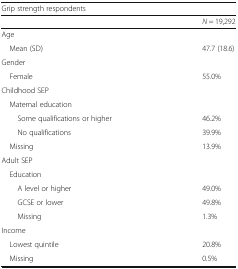
| <COLSPAN=2> Grip strength respondents |
 |  | N = 19,292 |
 | --- | --- |
 | <COLSPAN=2> Age |
 | Mean (SD) | 47.7 (18.6) |
 | <COLSPAN=2> Gender |
 | Female | 55.0% |
 | <COLSPAN=2> Childhood SEP |
 | <COLSPAN=2> Maternal education |
 | Some qualifications or higher | 46.2% |
 | No qualifications | 39.9% |
 | Missing | 13.9% |
 | <COLSPAN=2> Adult SEP |
 | <COLSPAN=2> Education |
 | A level or higher | 49.0% |
 | GCSE or lower | 49.8% |
 | Missing | 1.3% |
 | <COLSPAN=2> Income |
 | Lowest quintile | 20.8% |
 | Missing | 0.5% |